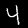
Digit: 4